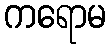
ကရောမ